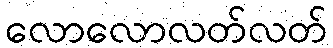
လောလောလတ်လတ်